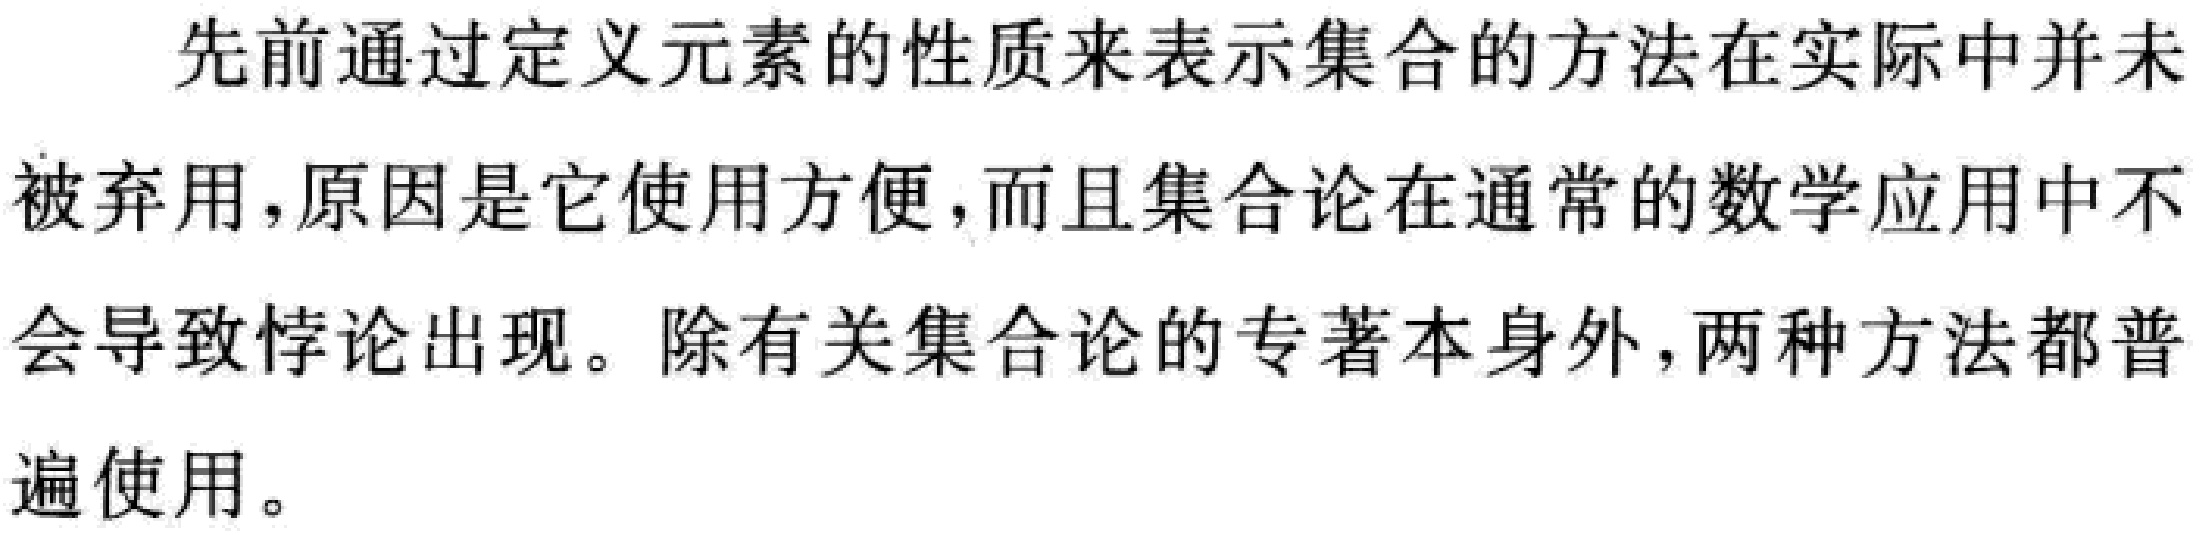
先前通过定义元素的性质来表示集合的方法在实际中并未被弃用，原因是它使用方便，而且集合论在通常的数学应用中不会导致悖论出现。除有关集合论的专著本身外，两种方法都普遍使用。